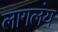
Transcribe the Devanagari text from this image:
लागलंय